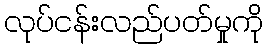
လုပ်ငန်းလည်ပတ်မှုကို